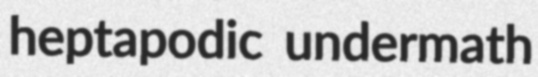
heptapodic undermath